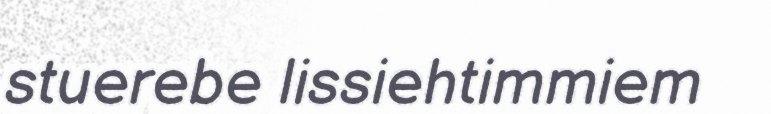
stuerebe lissiehtimmiem